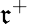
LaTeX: \mathfrak{r}^{+}